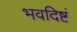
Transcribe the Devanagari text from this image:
भवदिष्टं